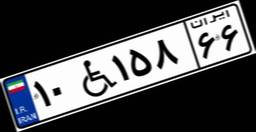
۱۰W۱۵۸۶۶